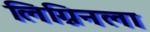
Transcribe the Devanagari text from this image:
लिग्निनला